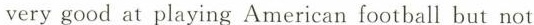
very good at playing American football but not